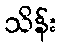
သိန်း